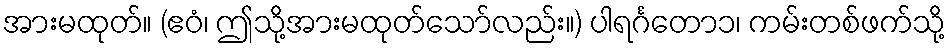
အားမထုတ်။ (ဧဝံ၊ ဤသို့အားမထုတ်သော်လည်း။) ပါရင်္ဂတော၁၊ ကမ်းတစ်ဖက်သို့